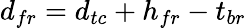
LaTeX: d_{fr}=d_{tc}+h_{fr}-t_{br}